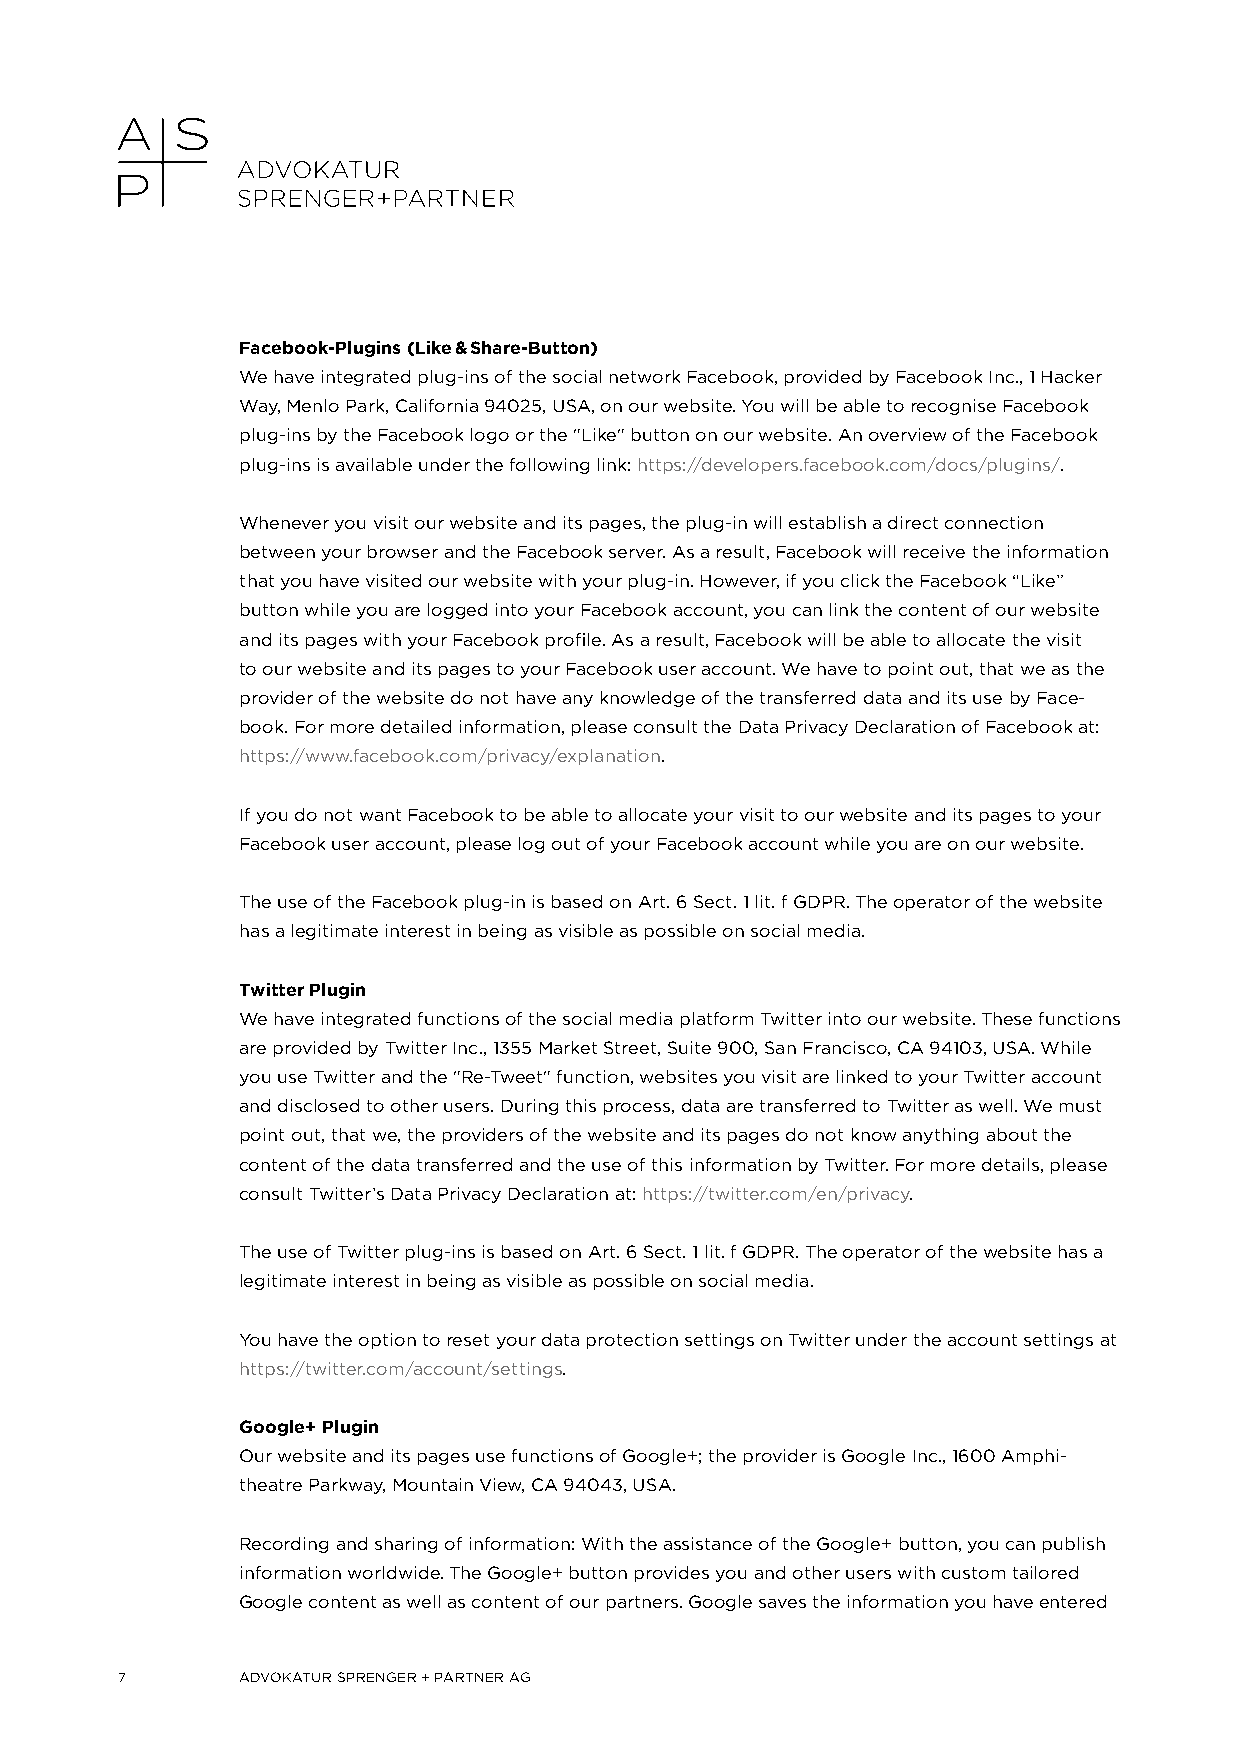
Facebook-Plugins (Like & Share-Button)
 We have integrated plug-ins of the social network Facebook, provided by Facebook Inc., 1 Hacker
 Way, Menlo Park, California 94025, USA, on our website. You will be able to recognise Facebook
 plug-ins by the Facebook logo or the "Like" button on our website. An overview of the Facebook
 plug-ins is available under the following link: https://developers.facebook.com/docs/plugins/.
 Whenever you visit our website and its pages, the plug-in will establish a direct connection
 between your browser and the Facebook server. As a result, Facebook will receive the information
 that you have visited our website with your plug-in. However, if you click the Facebook “Like”
 button while you are logged into your Facebook account, you can link the content of our website
 and its pages with your Facebook profile. As a result, Facebook will be able to allocate the visit
 to our website and its pages to your Facebook user account. We have to point out, that we as the
 provider of the website do not have any knowledge of the transferred data and its use by Face-
 book. For more detailed information, please consult the Data Privacy Declaration of Facebook at:
 https://www.facebook.com/privacy/explanation.
 If you do not want Facebook to be able to allocate your visit to our website and its pages to your
 Facebook user account, please log out of your Facebook account while you are on our website.
 The use of the Facebook plug-in is based on Art. 6 Sect. 1 lit. f GDPR. The operator of the website
 has a legitimate interest in being as visible as possible on social media.
 Twitter Plugin
 We have integrated functions of the social media platform Twitter into our website. These functions
 are provided by Twitter Inc., 1355 Market Street, Suite 900, San Francisco, CA 94103, USA. While
 you use Twitter and the "Re-Tweet" function, websites you visit are linked to your Twitter account
 and disclosed to other users. During this process, data are transferred to Twitter as well. We must
 point out, that we, the providers of the website and its pages do not know anything about the
 content of the data transferred and the use of this information by Twitter. For more details, please
 consult Twitter’s Data Privacy Declaration at: https://twitter.com/en/privacy.
 The use of Twitter plug-ins is based on Art. 6 Sect. 1 lit. f GDPR. The operator of the website has a
 legitimate interest in being as visible as possible on social media.
 You have the option to reset your data protection settings on Twitter under the account settings at
 https://twitter.com/account/settings.
 Google+ Plugin
 Our website and its pages use functions of Google+; the provider is Google Inc., 1600 Amphi-
 theatre Parkway, Mountain View, CA 94043, USA.
 Recording and sharing of information: With the assistance of the Google+ button, you can publish
 information worldwide. The Google+ button provides you and other users with custom tailored
 Google content as well as content of our partners. Google saves the information you have entered
 7       ADVOKATUR SPRENGER + PARTNER AG